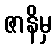
ဇာနိမှ